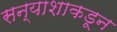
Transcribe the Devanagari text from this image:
सन्याशाकडून